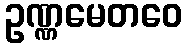
ဥဏ္ဏမေတဝေ